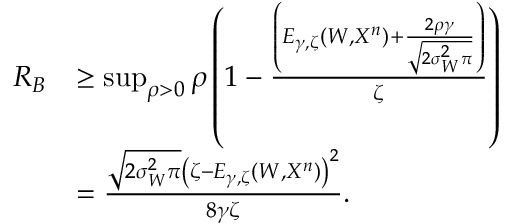
\begin{array} { r l } { R _ { B } } & { \geq \operatorname* { s u p } _ { \rho > 0 } \rho \left( 1 - \frac { \left( E _ { \gamma , \zeta } ( W , X ^ { n } ) + \frac { 2 \rho \gamma } { \sqrt { 2 \sigma _ { W } ^ { 2 } \pi } } \right) } { \zeta } \right) } \\ & { = \frac { \sqrt { 2 \sigma _ { W } ^ { 2 } \pi } \left( \zeta - E _ { \gamma , \zeta } ( W , X ^ { n } ) \right) ^ { 2 } } { 8 \gamma \zeta } . } \end{array}